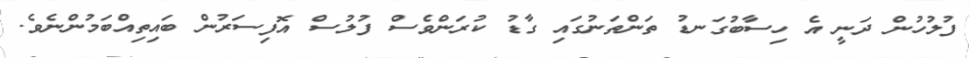
ފުލުހުން ދަނީ އެ ހިސާބުގަނޑު ތަންތަނުގައި ގާޑު ކުރަންވެސް ފުލުސް އޮފިސަރުން ބައިތިއްބަމުންނެވެ.